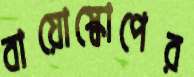
বায়োস্কোপের